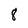
Character: 8